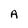
Character: A